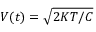
V ( t ) = \sqrt { 2 K T / C }